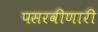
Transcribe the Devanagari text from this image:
पसरवीणारी